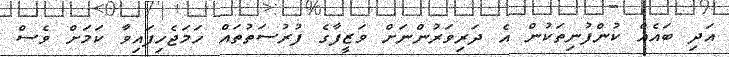
އަދި ބައެއް ކުންފުނިތަކުން އެ ދަރިވަރުންނަށް ވަޒީފާގެ ފުރުސަތުތައް ހަމަޖެހިފައިވާ ކަމަށް ވެސް